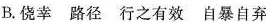
B.侥幸 路径 行之有效 自暴自弃